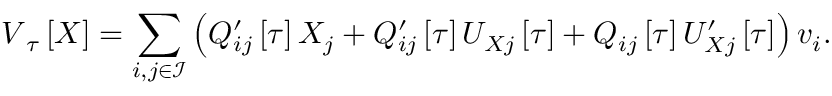
\boldsymbol { V } _ { \u { \tau } } \left[ \boldsymbol { X } \right] = \sum _ { i , j \in \mathcal { I } } \left( Q _ { i j } ^ { \prime } \left[ \tau \right] X _ { j } + Q _ { i j } ^ { \prime } \left[ \tau \right] U _ { X j } \left[ \tau \right] + Q _ { i j } \left[ \tau \right] U _ { X j } ^ { \prime } \left[ \tau \right] \right) \boldsymbol { v } _ { i } .